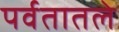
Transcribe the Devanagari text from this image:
पर्वतातले